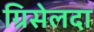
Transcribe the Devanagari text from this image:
ग्रिसेलदा